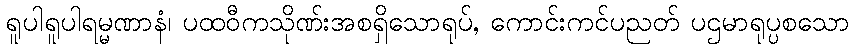
ရူပါရူပါရမ္မဏာနံ၊ ပထဝီကသိုဏ်းအစရှိသောရုပ်, ကောင်းကင်ပညတ် ပဌမာရုပ္ပစသော